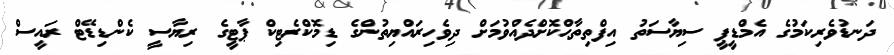
ދަނޑުވެރިކަމުގެ އެމްޑީޕީ ސިޔާސަތު އިފްތިތާޙްކޮށްދެއްވުމަށް ދިވެހިރައްޔިތުންގެ ޑިމޮކްރެޓިކް ޕާޓީގެ ރިޔާސީ ކެންޑިޑޭޓް ރައީސް